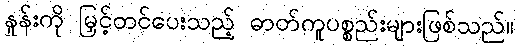
နှုန်းကို မြှင့်တင်ပေးသည့် ဓာတ်ကူပစ္စည်းများဖြစ်သည်။